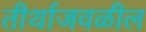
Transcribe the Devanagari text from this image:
तीर्थाजवळील